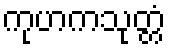
ကုဟကသုတ္တံ